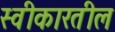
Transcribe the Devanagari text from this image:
स्वीकारतील